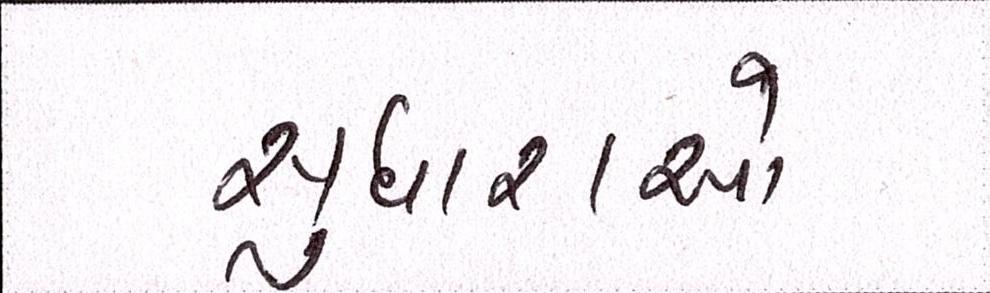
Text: સુધારાઓ